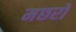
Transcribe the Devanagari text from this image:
मछरों